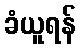
ခံယူရန်